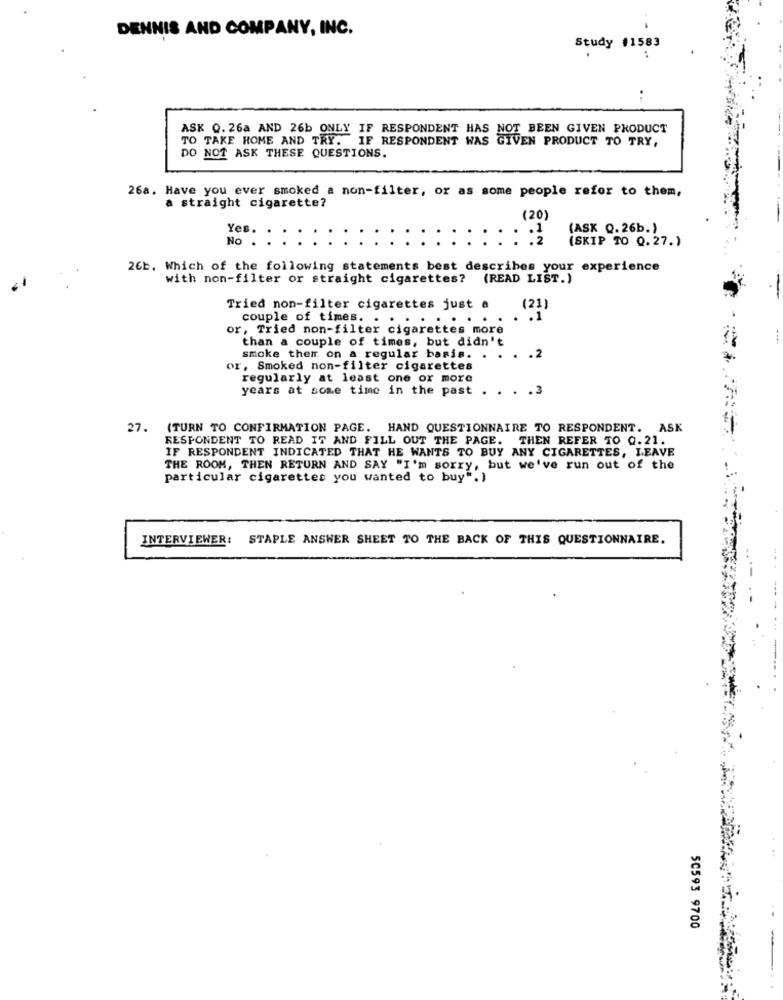
DENNIS AND COMPANY, INC.
Study #1583
...
ASK 0.26a AND 26b ONLY IF RESPONDENT HAS NOT BEEN GIVEN PRODUCT
TO TAKE HOME AND TRY. IF RESPONDENT WAS
GIVEN PRODUCT TO TRY,
DO NOT ASK THESE QUESTIONS.
26a. Have you ever smoked a non-filter, or as some people refor to them,
a straight cigarette?
(20)
Yes.
(ASK Q.26b.)
No
[SKIP TO 0.27. )
26b. Which of the following statements best describes your experience
with non-filter or straight cigarettes? (READ LIST.)
Tried non-filter cigarettes just a
(21)
couple of times.
.......
or, Tried non-filter cigarettes more
than a couple of times, but didn't
smoke them on a regular basis. . . . . 2
or, Smoked non-filter cigarettes
regularly at least one or more
years at some time in the past .
. . 3
27. (TURN TO CONFIRMATION PAGE. HAND QUESTIONNAIRE TO RESPONDENT. ASK
RESPONDENT TO READ IT AND FILL OUT THE PAGE. THEN REFER TO Q.21.
IF RESPONDENT INDICATED THAT HE WANTS TO BUY ANY CIGARETTES, LEAVE
THE ROOM, THEN RETURN AND SAY "I'm sorry, but we've run out of the
particular cigarettes you wanted to buy".)
INTERVIEWER: STAPLE ANSWER SHEET TO THE BACK OF THIS QUESTIONNAIRE.
50593 9700